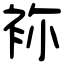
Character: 袮